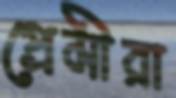
প্রেমীরা